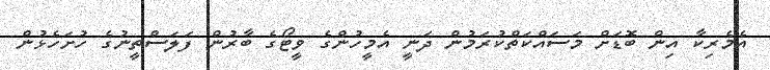
އެމެރިކާ އިން ބޮޑަށް މަސައްކަތްކުރަމުން ދަނީ އެމީހުންގެ ވީޓޯގެ ބާރުން ފަލަސްތީނުގެ ހުށަހެޅުން